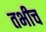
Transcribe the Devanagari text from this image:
तभीच